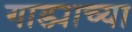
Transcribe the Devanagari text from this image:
गाड्याच्या